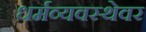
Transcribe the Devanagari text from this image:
धर्मव्यवस्थेवर